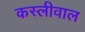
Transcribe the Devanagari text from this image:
कस्लीवाल